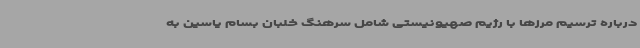
درباره ترسیم مرزها با رژیم صهیونیستی شامل سرهنگ خلبان بسام یاسین به